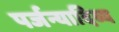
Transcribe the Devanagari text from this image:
पर्जन्यादिव्य